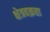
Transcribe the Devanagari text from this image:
क्षेत्रवक्रता